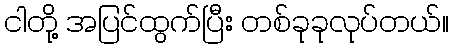
ငါတို့ အပြင်ထွက်ပြီး တစ်ခုခုလုပ်တယ်။